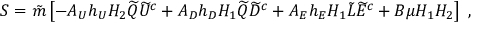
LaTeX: S = \tilde { m } \left[ - A _ { U } h _ { U } H _ { 2 } \widetilde { Q } \widetilde { U } ^ { c } + A _ { D } h _ { D } H _ { 1 } \widetilde { Q } \widetilde { D } ^ { c } + A _ { E } h _ { E } H _ { 1 } \tilde { L } \widetilde { E } ^ { c } + B \mu H _ { 1 } H _ { 2 } \right] \ ,